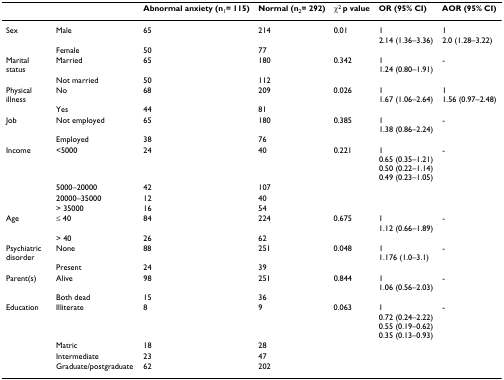
|  |  | Abnormal anxiety (n1= 115) | Normal (n2= 292) | χ2 p value | OR (95% CI) | AOR (95% CI) |
 | --- | --- | --- | --- | --- | --- | --- |
 | Sex | Male | 65 | 214 | 0.01 | 12.14 (1.36–3.36) | 12.0 (1.28–3.22) |
 |  | Female | 50 | 77 |  |  |  |
 | Marital status | Married | 65 | 180 | 0.342 | 11.24 (0.80–1.91) | - |
 |  | Not married | 50 | 112 |  |  |  |
 | Physical illness | No | 68 | 209 | 0.026 | 11.67 (1.06–2.64) | 11.56 (0.97–2.48) |
 |  | Yes | 44 | 81 |  |  |  |
 | Job | Not employed | 65 | 180 | 0.385 | 11.38 (0.86–2.24) | - |
 |  | Employed | 38 | 76 |  |  |  |
 | Income | <5000 | 24 | 40 | 0.221 | 10.65 (0.35–1.21)0.50 (0.22–1.14)0.49 (0.23–1.05) | - |
 |  | 5000–20000 | 42 | 107 |  |  |  |
 |  | 20000–35000 | 12 | 40 |  |  |  |
 |  | > 35000 | 16 | 54 |  |  |  |
 | Age | ≤ 40 | 84 | 224 | 0.675 | 11.12 (0.66–1.89) | - |
 |  | > 40 | 26 | 62 |  |  |  |
 | Psychiatric disorder | None | 88 | 251 | 0.048 | 11.176 (1.0–3.1) | - |
 |  | Present | 24 | 39 |  |  |  |
 | Parent(s) | Alive | 98 | 251 | 0.844 | 11.06 (0.56–2.03) | - |
 |  | Both dead | 15 | 36 |  |  |  |
 | Education | Illiterate | 8 | 9 | 0.063 | 10.72 (0.24–2.22)0.55 (0.19–0.62)0.35 (0.13–0.93) | - |
 |  | Matric | 18 | 28 |  |  |  |
 |  | Intermediate | 23 | 47 |  |  |  |
 |  | Graduate/postgraduate | 62 | 202 |  |  |  |